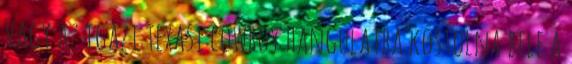
Vagy az igazi texasi cowboy hangulatba kóstolna bele a